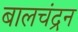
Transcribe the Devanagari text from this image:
बालचंद्रन